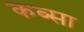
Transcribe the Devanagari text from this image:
कब्सा